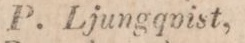
P. Ljungqvist,